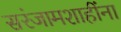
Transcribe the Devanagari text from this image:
सरंजामशाहींना